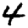
Digit: 4